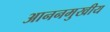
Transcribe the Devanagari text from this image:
आननमुखीय